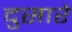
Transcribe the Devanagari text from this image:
दुसारे